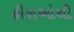
હીરાઓથી